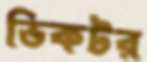
ভিকটর